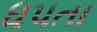
ધપતા